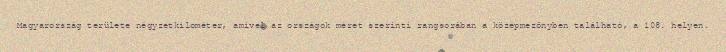
Magyarország területe négyzetkilométer, amivel az országok méret szerinti rangsorában a középmezőnyben található, a 108. helyen.